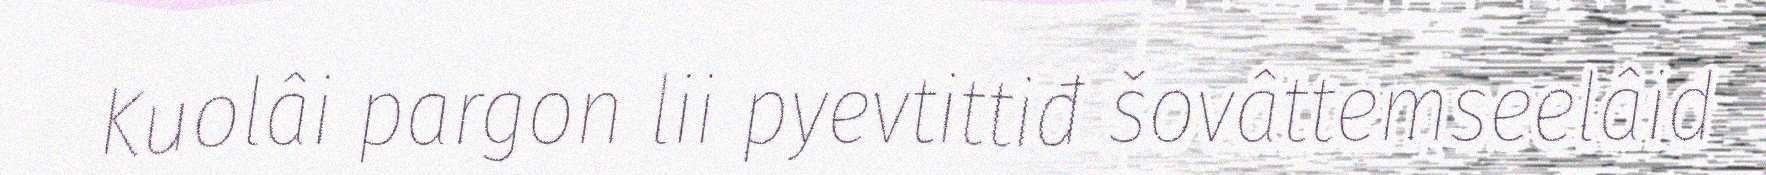
Kuolâi pargon lii pyevtittiđ šovâttemseelâid